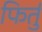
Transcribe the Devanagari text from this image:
फिर्तु